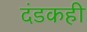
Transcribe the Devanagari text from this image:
दंडकही